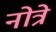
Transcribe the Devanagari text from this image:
नोत्रे